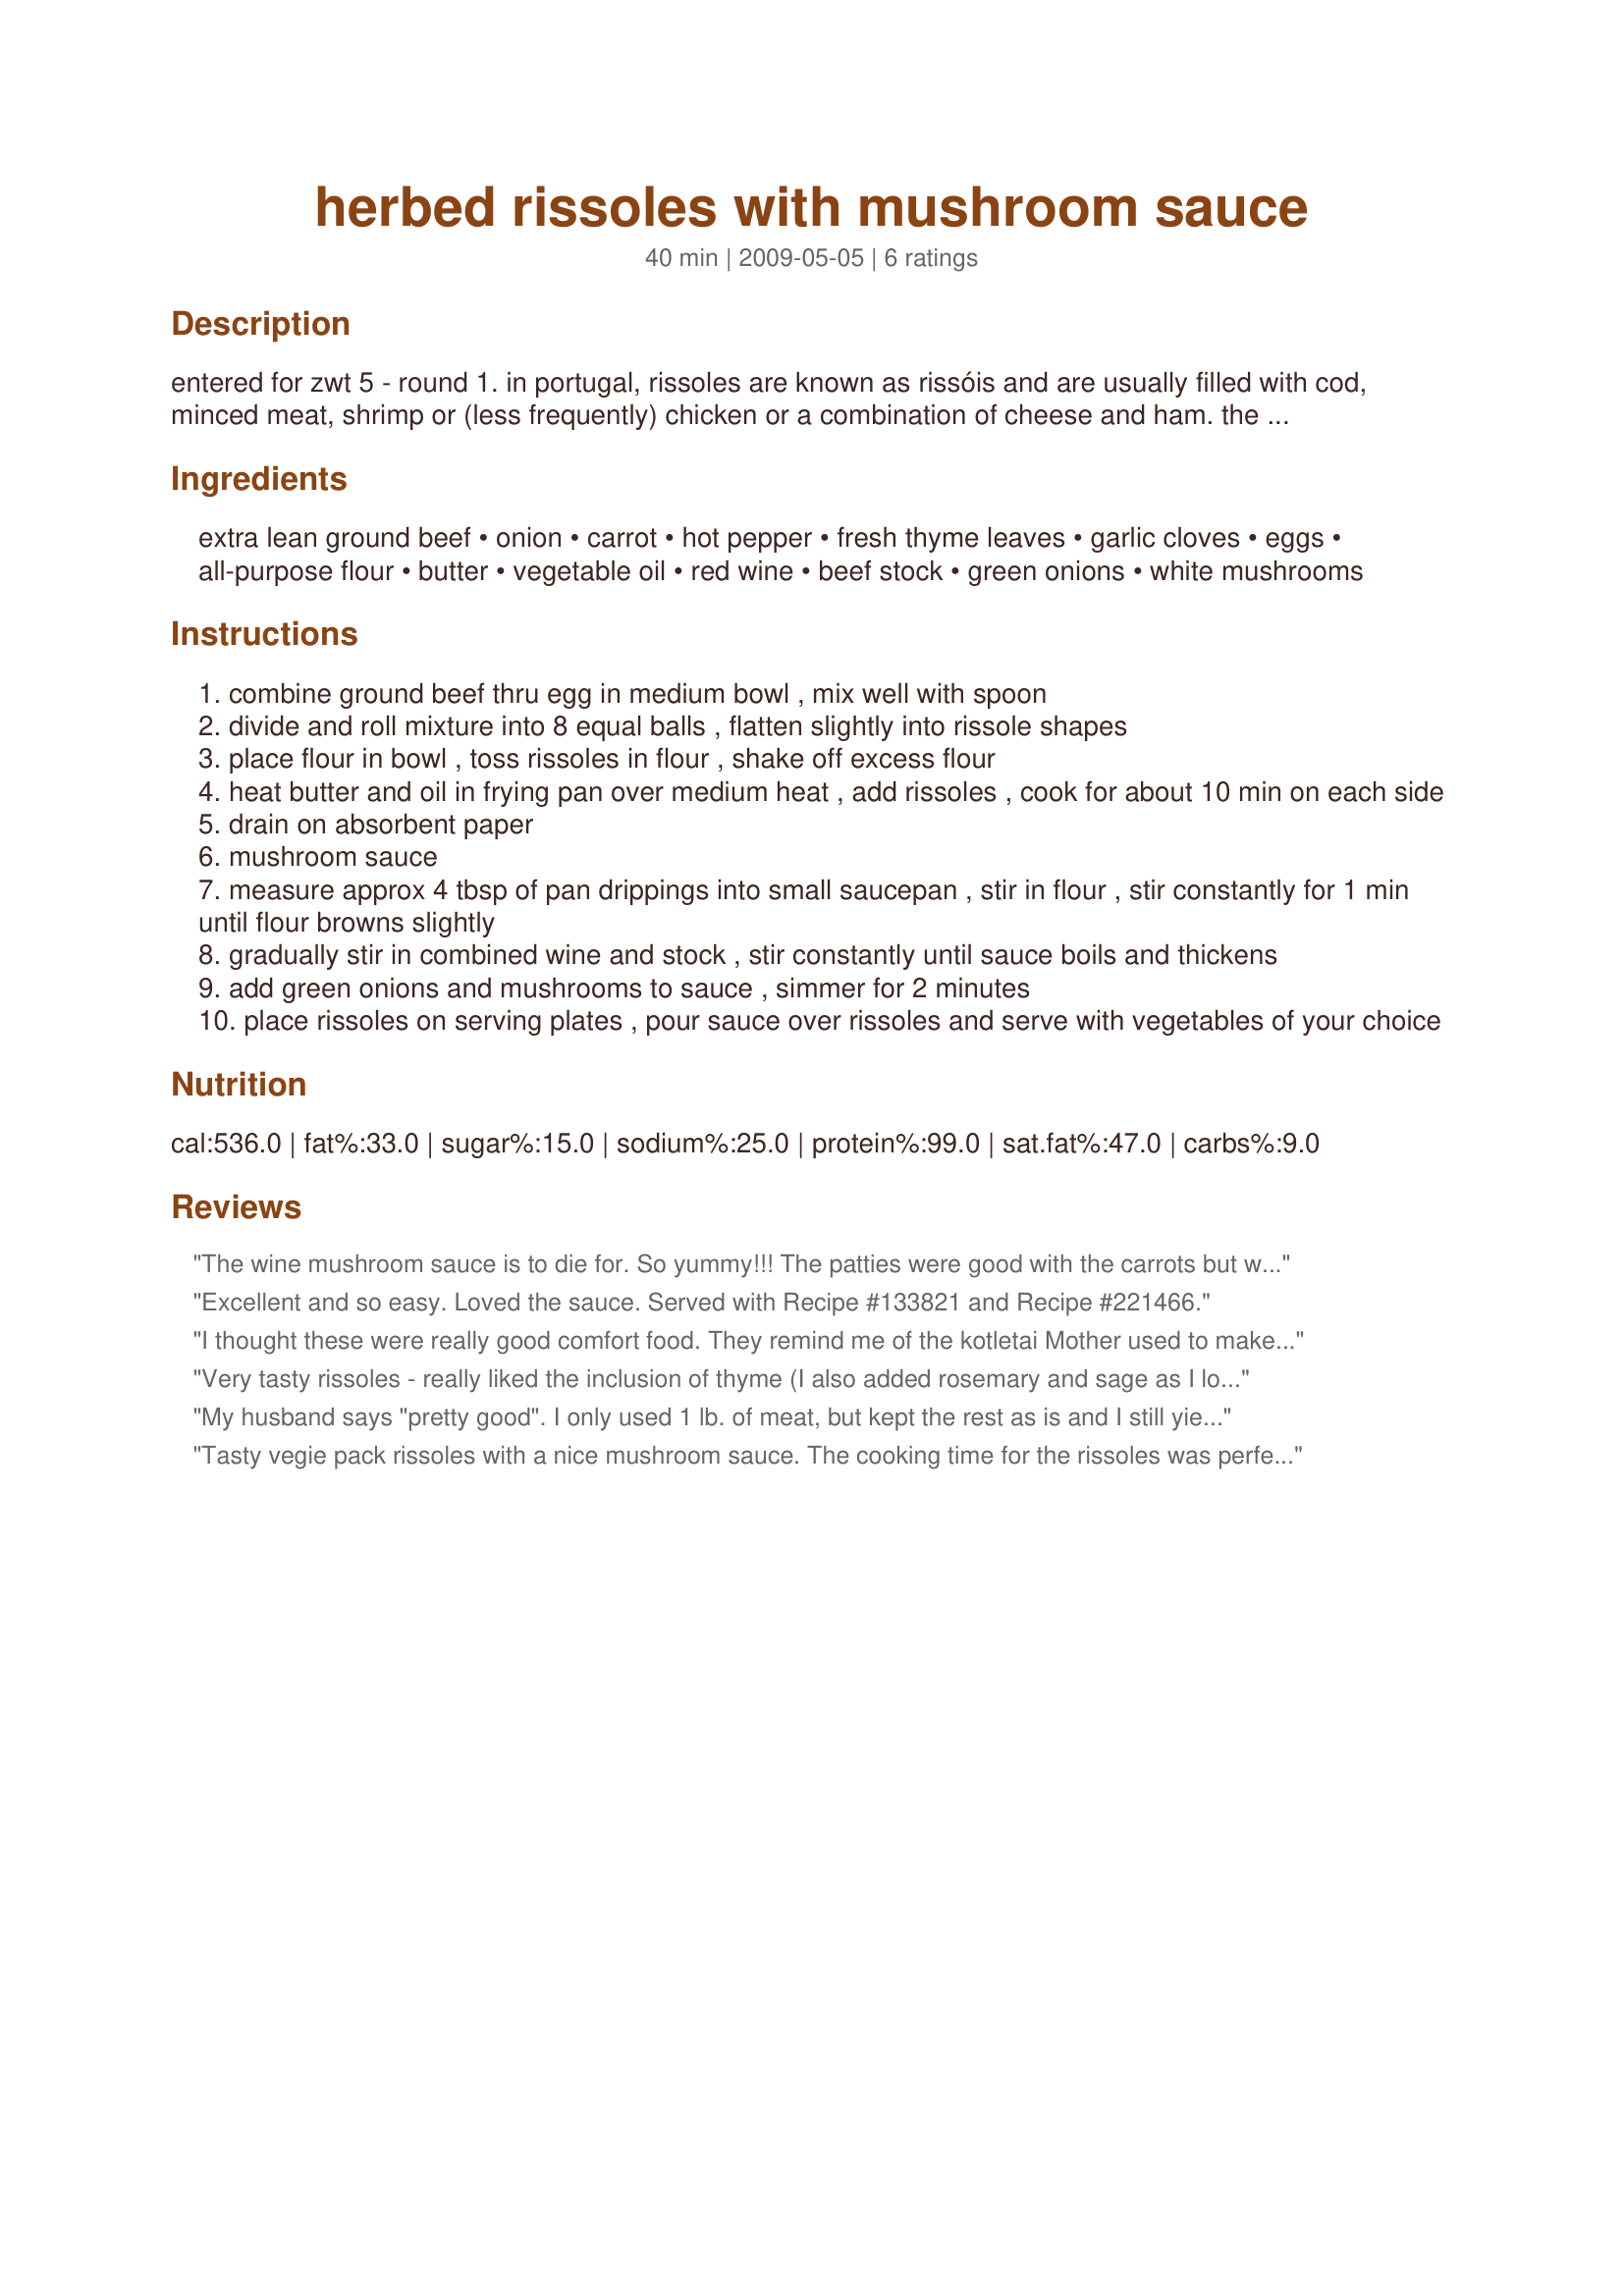
herbed rissoles with mushroom sauce
Preparation time: 40 minutes

entered for zwt 5 - round 1. in portugal, rissoles are known as rissóis and are usually filled with cod, minced meat, shrimp or (less frequently) chicken or a combination of cheese and ham.

the australian rissole is generally made from minced meat without a pastry covering, but sometimes with breadcrumbs.mostly cooked on a bbq all year round.

the new zealand rissole is much the same as the australian rissole but may contain diced yellow onion and cooked on a bbq as a healthier option during summer

Ingredients:
extra lean ground beef, onion, carrot, hot pepper, fresh thyme leaves, garlic cloves, eggs, all-purpose flour, butter, vegetable oil, red wine, beef stock, green onions, white mushrooms

Steps:
combine ground beef thru egg in medium bowl , mix well with spoon
divide and roll mixture into 8 equal balls , flatten slightly into rissole shapes
place flour in bowl , toss rissoles in flour , shake off excess flour
heat butter and oil in frying pan over medium heat , add rissoles , cook for about 10 min on each side
drain on absorbent paper
mushroom sauce
measure approx 4 tbsp of pan drippings into small saucepan , stir in flour , stir constantly for 1 min until flour browns slightly
gradually stir in combined wine and stock , stir constantly until sauce boils and thickens
add green onions and mushrooms to sauce , simmer for 2 minutes
place rissoles on serving plates , pour sauce over rissoles and serve with vegetables of your choice

Reviews:
The wine mushroom sauce is to die for. So yummy!!! The patties were good with the carrots but were a little bland for our taste. I used dry thyme instead of fresh. Thanks Deantini :) Made for Holiday tag game
Excellent and so easy. Loved the sauce. Served with Recipe #133821 and Recipe #221466.
I thought these were really good comfort food. They remind me of the kotletai Mother used to make, only she did not use garlic. chili pepper or carrots. The carrots really make it pretty, and you cannot go wrong with garlic. I used a jalapeno, which added interest but was not overwhelming. I added just a little bit of salt and pepper. I did not use green onions in the sauce - because I forgot. Also, I used king mushrooms, and I felt that they would need just a bit more cooking, so I zapped them in the microwave. The wine added a nice color to the sauce.
Very tasty rissoles - really liked the inclusion of thyme (I also added rosemary and sage as I love that blend together) and garlic and absolutely loved the sauce which was really close to a mushroom sauce I used to make regularly decades ago but which I haven't made for ages and have consquently forgotten the recipe for. I minced the onion, carrot and garlic and omitted the hot pepper as I have zero tolerance of anything hot and spicy. I used baby carrots which added a touch of sweetness. We enjoyed these with Recipe #264643. Thanks for sharing this yummy recipe, Deantini! Made for Went to the Market Tag.
My husband says "pretty good". I only used 1 lb. of meat, but kept the rest as is and I still yielded 8 pieces. I had no fresh thyme, so used equivalent dried. Made for Everyday Holiday Tag. :)
Tasty vegie pack rissoles with a nice mushroom sauce. The cooking time for the rissoles was perfect, though I did scale if back for 3 serves (6 rissoles) and they were very filling). I did need to add an extra 1/4 cup of liquid to the mushroom sauce or it would have been too thick though we prefer a slightly runny sauce, would just use about 1/2 as much flour next time. Make sure you have buttered bread to soak it up or mashed potatoe like we did. Thank you Deantini, made for Photo Tage Game. UPDATE - There was quite a bit of the mushroom sauce left but it heated up well and the DM and I enjoyed on some buttered toast for breakfast.
